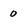
Character: 0